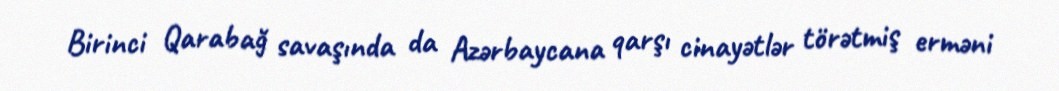
Birinci Qarabağ savaşında da Azərbaycana qarşı cinayətlər törətmiş erməni